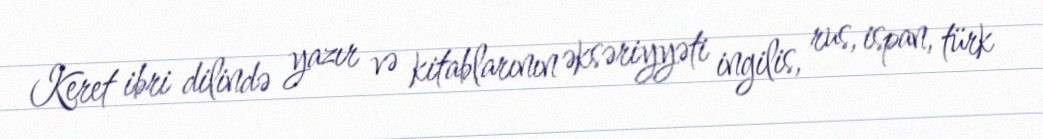
Keret ibri dilində yazır və kitablarının əksəriyyəti ingilis, rus, ispan, türk